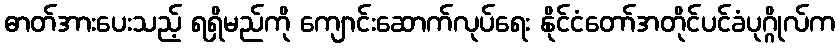
ဓာတ်အားပေးသည့် ရရှိမည်ကို ကျောင်းဆောက်လုပ်ရေး နိုင်ငံတော်အတိုင်ပင်ခံပုဂ္ဂိုလ်က